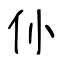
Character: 仦